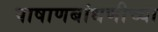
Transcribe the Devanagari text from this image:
पाषाणबांधणीच्या